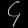
Digit: ၄